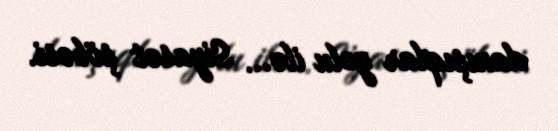
danışıqlar yolu ilə... Siyasət şöbəsi.